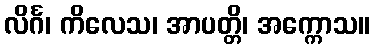
လိင်္ဂ၊ ကိလေသ၊ အာပတ္တိ၊ အက္ကောသ။